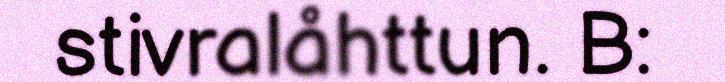
stivralåhttun. B: